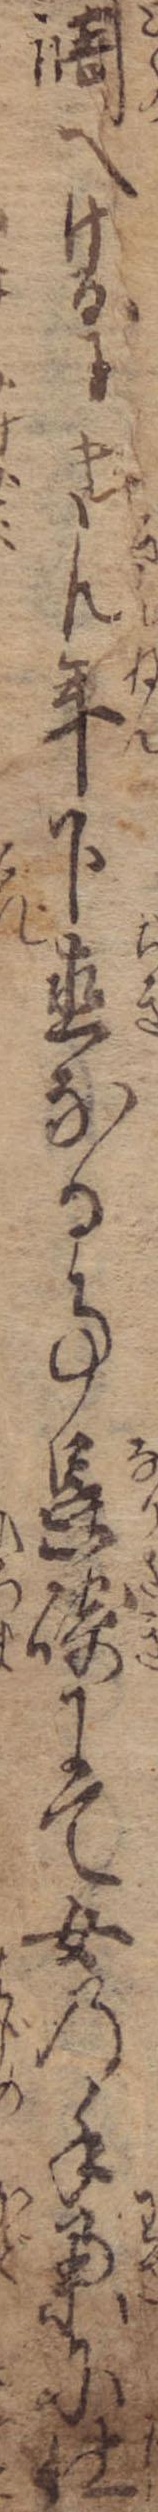
調へけるにきん年下直なる事長崎にて女の手業に仕